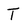
Character: T